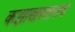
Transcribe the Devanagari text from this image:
कझाखस्तानचे